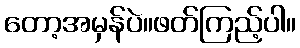
တော့အမှန်ပဲ။ဖတ်ကြည့်ပါ။